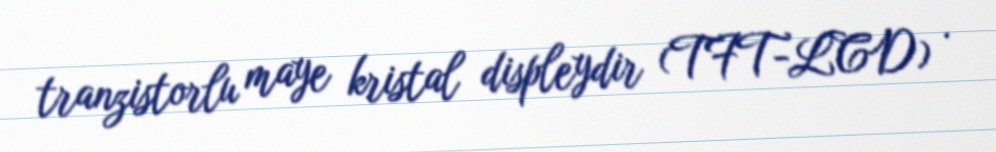
tranzistorlu maye kristal displeydir (TFT-LCD) .